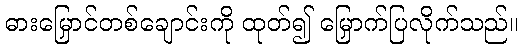
ဓားမြှောင်တစ်ချောင်းကို ထုတ်၍ မြှောက်ပြလိုက်သည်။